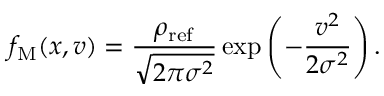
f _ { \mathrm { M } } ( x , v ) = \frac { \rho _ { \mathrm { r e f } } } { \sqrt { 2 \pi \sigma ^ { 2 } } } \exp \left( - \frac { v ^ { 2 } } { 2 \sigma ^ { 2 } } \right) .